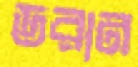
ডরান